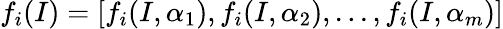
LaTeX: f_{i}(I)=[f_{i}(I,\alpha_{1}),f_{i}(I,\alpha_{2}),...,f_{i}(I,\alpha_{m})]